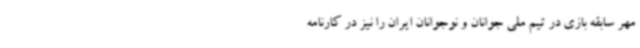
مهر سابقه بازی در تیم‌ ملی جوانان و نوجوانان ایران را نیز در کارنامه